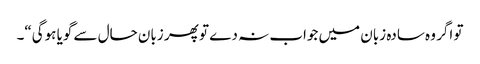
تو اگر وہ سادہ زبان میں جواب نہ دے تو پھر زبان حال سے گویا ہوگی“۔